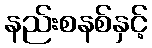
နည်းစနစ်နှင့်